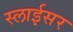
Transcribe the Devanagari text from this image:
स्‍लाईसर